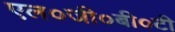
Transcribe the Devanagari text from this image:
एल०जी०बी०टी